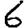
Digit: 6